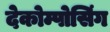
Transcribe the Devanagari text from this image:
देकोम्पोसिंग